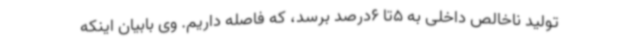
تولید ناخالص داخلی به 5تا 6درصد برسد، که فاصله ‌داریم. وی بابیان اینکه